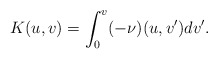
\begin{align*} K(u,v)=\int_0^v(-\nu)(u,v')dv'.\end{align*}